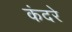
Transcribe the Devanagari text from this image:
कंदरे